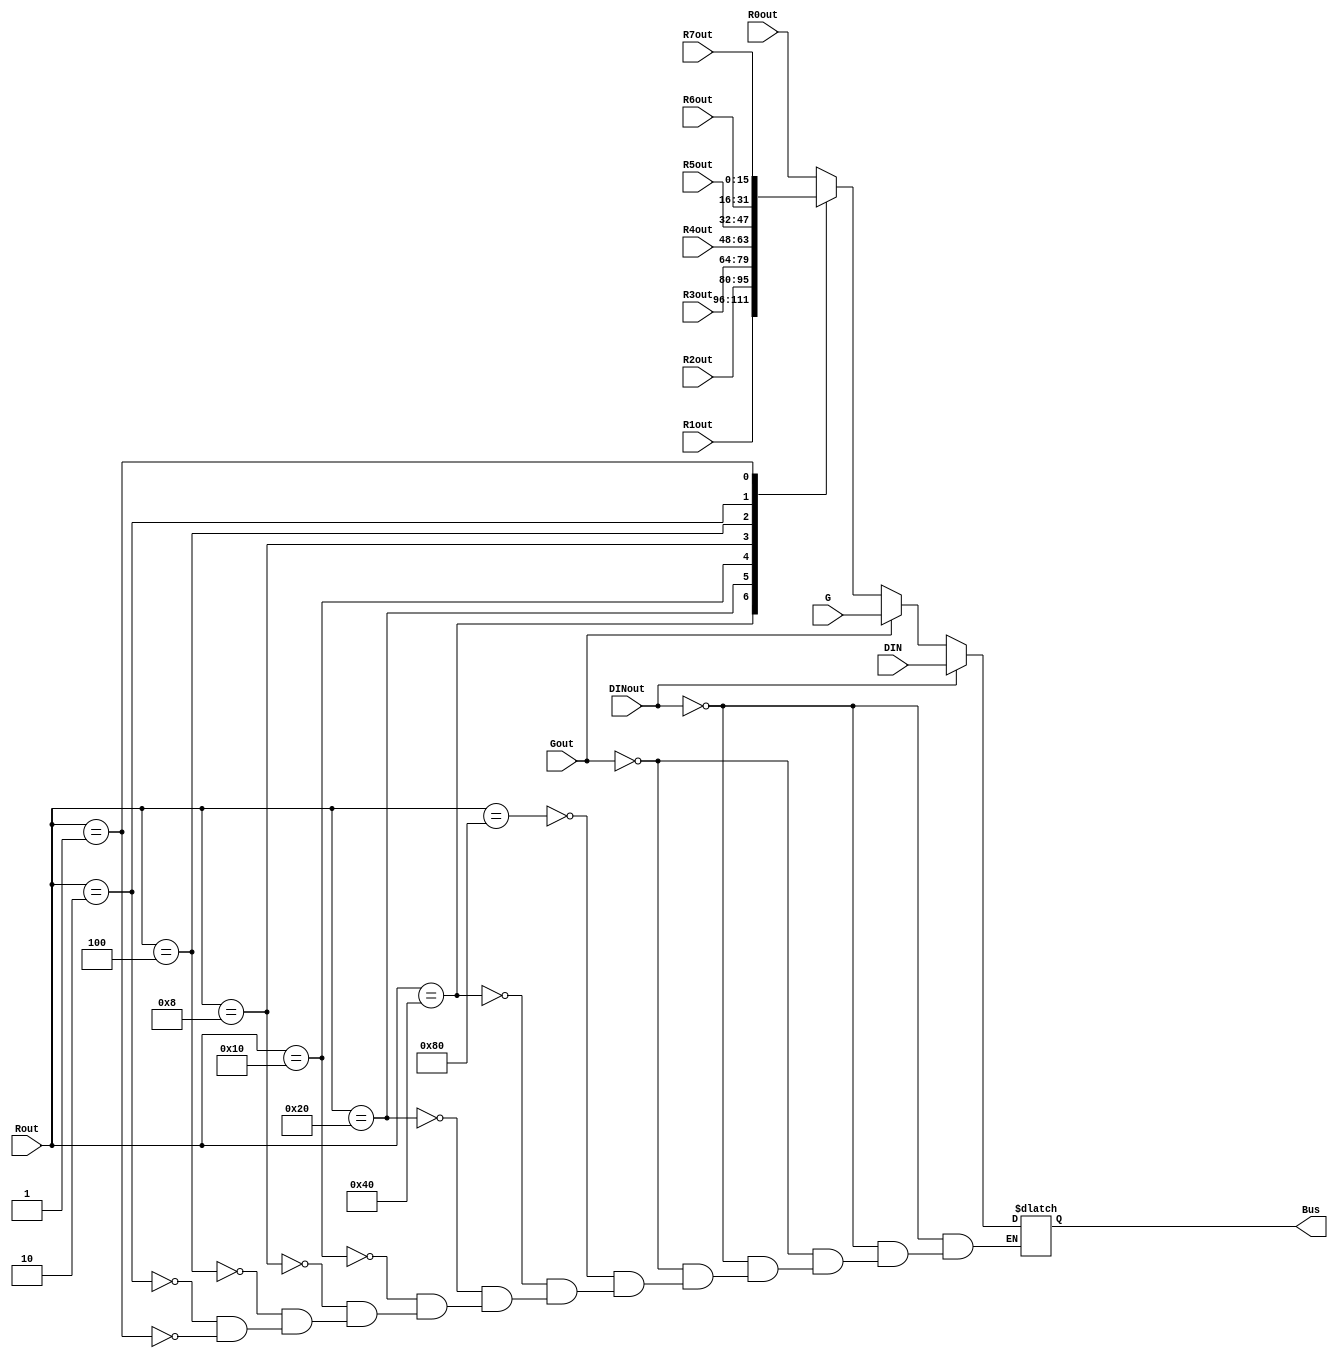
module Multiplexers(Rout,Gout,DINout,DIN,R0out,R1out,R2out,R3out,R4out,R5out,R6out,R7out,G,Bus);
input [15:0] DIN,R0out,R1out,R2out,R3out,R4out,R5out,R6out,R7out,G;
input [7:0] Rout;
input Gout,DINout;
output reg [15:0]Bus;
always @(*)
begin
if (DINout==1) Bus=DIN;
else
if (Gout==1) Bus=G;
else
case (Rout)
8'b10000000: Bus=R0out;
8'b01000000: Bus=R1out;
8'b00100000: Bus=R2out;
8'b00010000: Bus=R3out;
8'b00001000: Bus=R4out;
8'b00000100: Bus=R5out;
8'b00000010: Bus=R6out;
8'b00000001: Bus=R7out;
endcase
end
endmodule